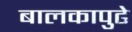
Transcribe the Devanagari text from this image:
बालकापुढे